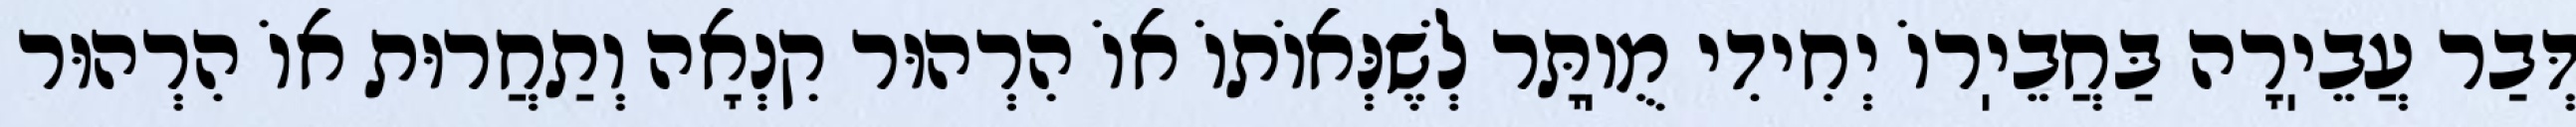
דְּבַר עֲבֵיֽרָה בַּחֲבֵיֽרוֹ יְחִידִי מֻוֽתָּר לְשֶׁנְּאוֹתוֹ אוֹ הִרְהוּר קִנְאָה וְתַחֲרוּת אוֹ הִרְהוּר